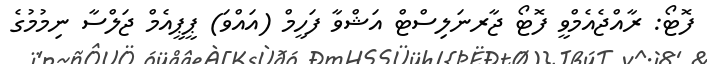
ފޮޓޯ: ރާއްޖެއެމްވީ ފޮޓޯ ޖާރނަލިސްޓް އަޝްވާ ފަހީމް (އައްވަ) ޕީޕީއެމް ޖަލްސާ ނިމުމުގެ